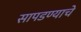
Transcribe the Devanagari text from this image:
सापडण्याचे